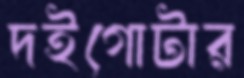
দইগোটার